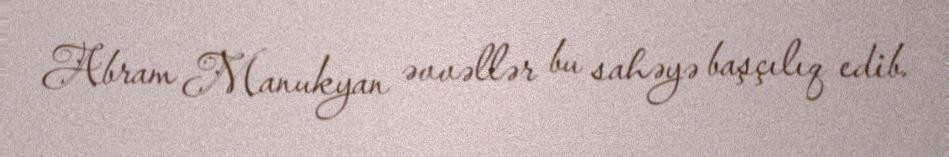
Abram Manukyan əvvəllər bu sahəyə başçılıq edib.